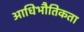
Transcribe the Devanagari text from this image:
आधिभौतिकता